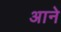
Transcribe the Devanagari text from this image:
अाने